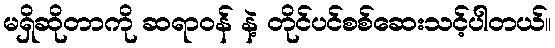
မရှိဆိုတာကို ဆရာဝန် နဲ့ တိုင်ပင်စစ်ဆေးသင့်ပါတယ်။